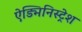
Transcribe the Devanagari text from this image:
ऐड्मिनिस्ट्रेश